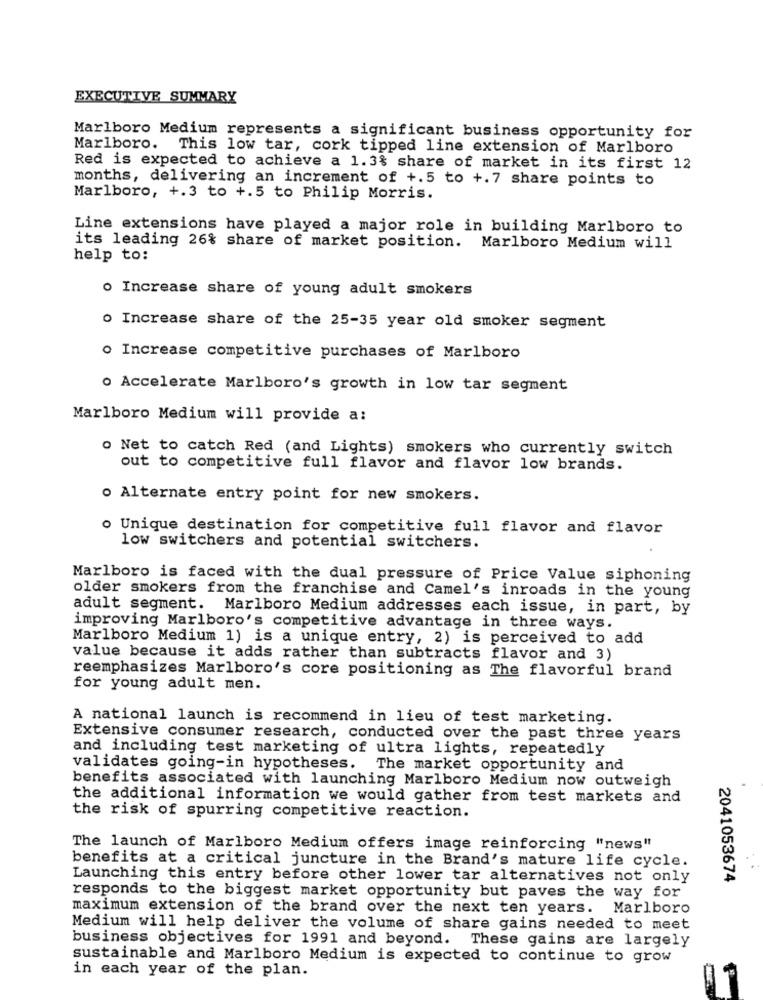
EXECUTIVE SUMMARY
Marlboro Medium represents a significant business opportunity for
Marlboro. This low tar, cork tipped line extension of Marlboro
Red is expected to achieve a 1.3% share of market in its first 12
months, delivering an increment of +.5 to +.7 share points to
Marlboro, +.3 to +.5 to Philip Morris.
Line extensions have played a major role in building Marlboro to
its leading 26% share of market position. Marlboro Medium will
help to:
o Increase share of young adult smokers
o Increase share of the 25-35 year old smoker segment
o Increase competitive purchases of Marlboro
o Accelerate Marlboro's growth in low tar segment
Marlboro Medium will provide a:
o Net to catch Red (and Lights) smokers who currently switch
out to competitive full flavor and flavor low brands.
o Alternate entry point for new smokers.
o Unique destination for competitive full flavor and flavor
low switchers and potential switchers.
Marlboro is faced with the dual pressure of Price Value siphoning
older smokers from the franchise and Camel's inroads in the young
adult segment. Marlboro Medium addresses each issue, in part, by
improving Marlboro's competitive advantage in three ways.
Marlboro Medium 1) is a unique entry, 2) is perceived to add
value because it adds rather than subtracts flavor and 3)
reemphasizes Marlboro's core positioning as The flavorful brand
for young adult men.
A national launch is recommend in lieu of test marketing.
Extensive consumer research, conducted over the past three years
and including test marketing of ultra lights, repeatedly
validates going-in hypotheses. The market opportunity and
benefits associated with launching Marlboro Medium now outweigh
the additional information we would gather from test markets and
the risk of spurring competitive reaction.
The launch of Marlboro Medium offers image reinforcing "news"
benefits at a critical juncture in the Brand's mature life cycle.
Launching this entry before other lower tar alternatives not only
2041053674
responds to the biggest market opportunity but paves the way for
maximum extension of the brand over the next ten years. Marlboro
Medium will help deliver the volume of share gains needed to meet
business objectives for 1991 and beyond. These gains are largely
sustainable and Marlboro Medium is expected to continue to grow
in each year of the plan.